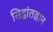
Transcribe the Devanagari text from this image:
सिद्धांतज्ञान